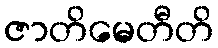
ဇာတိမေတီတိ